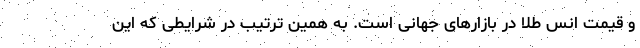
و قیمت انس طلا در بازارهای جهانی است. به همین ترتیب در شرایطی که این